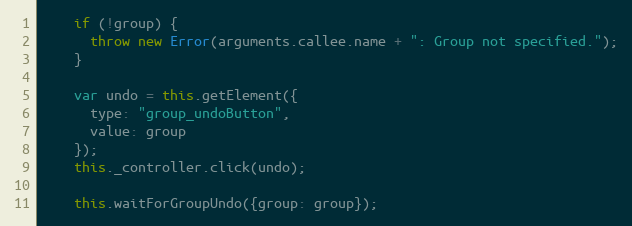
Language: JavaScript
    if (!group) {
      throw new Error(arguments.callee.name + ": Group not specified.");
    }

    var undo = this.getElement({
      type: "group_undoButton",
      value: group
    });
    this._controller.click(undo);

    this.waitForGroupUndo({group: group});